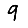
Digit: 9